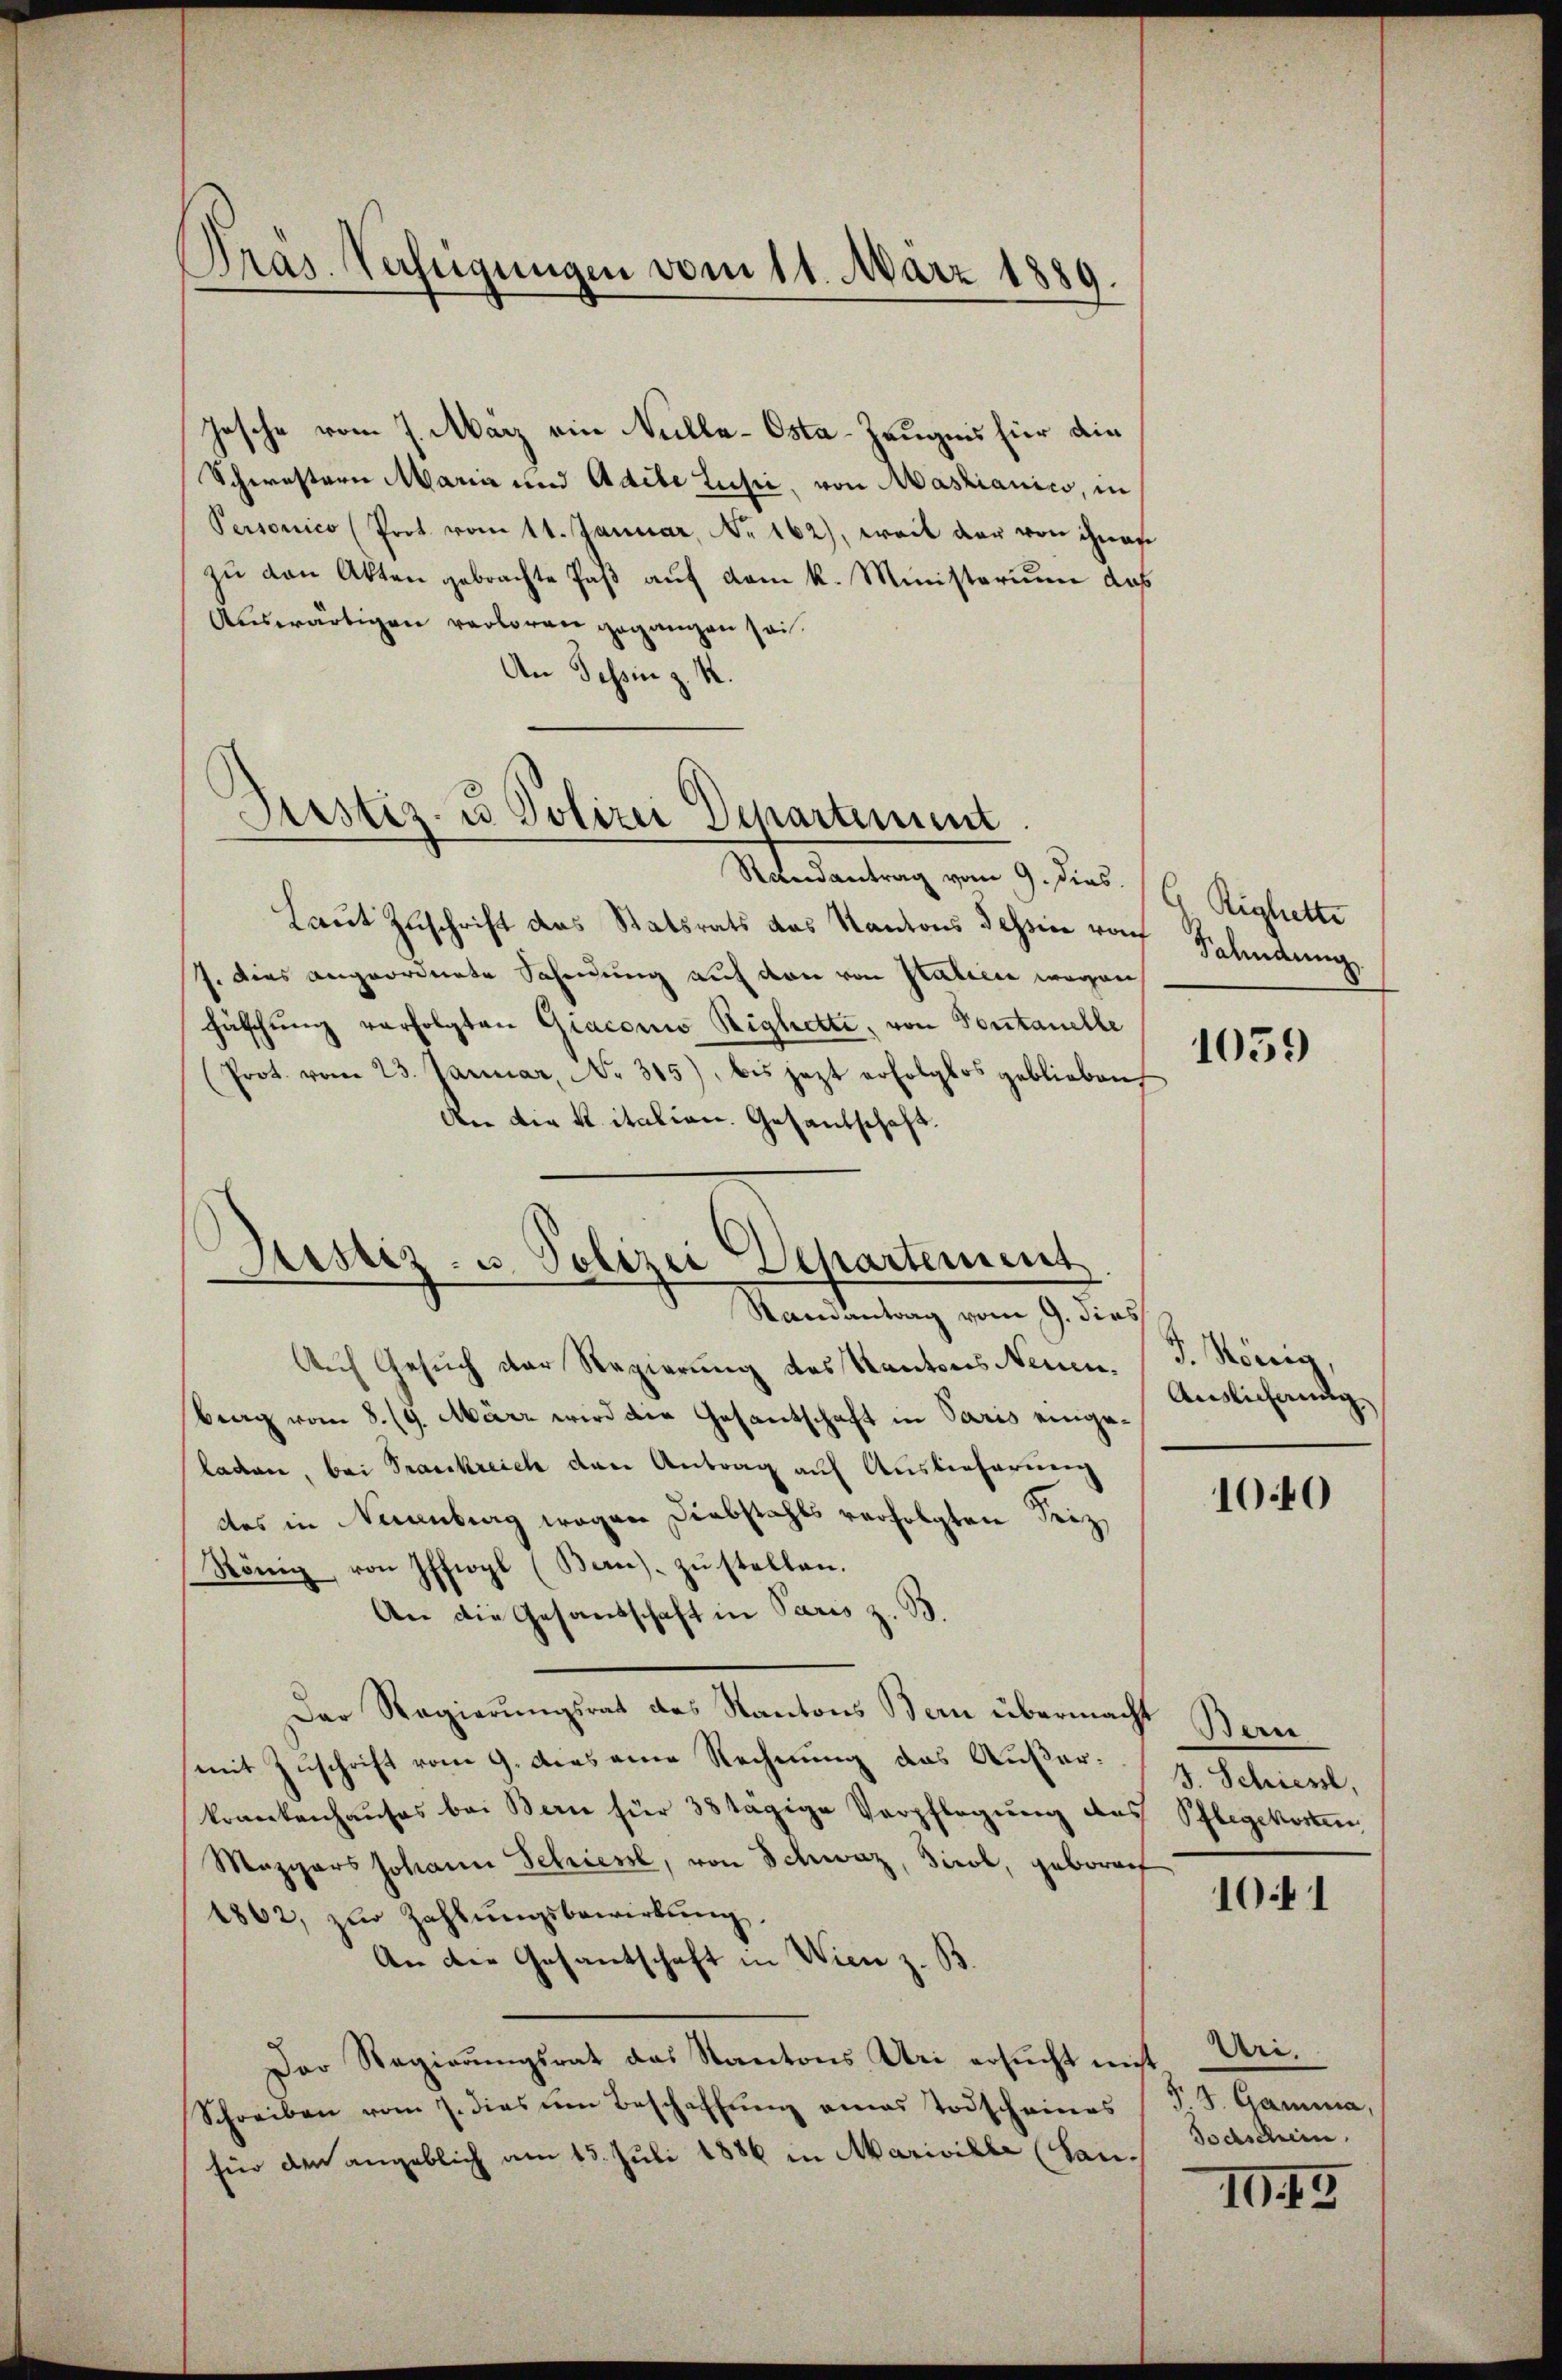
Pras. Verfügungen vom 11. März 1889.

Jasche vom 7. März ein Nulla-Osta-Zeugnis für din
Schwestern Maria und Adele Lusić, von Mastianico, in
Personico (Prot. vom 11. Januar, No 162), weil der von ihnen
zŭ den Akten gebrachte Paß auf dem k. Ministerium das
Auswärtigen verloren gegangen sei.
An Tessin z. R.

Piustiz- u Polizei Departement.

Justiz- u. Polizei Departement

Matersantrag vom 9. Jans. 19. Aushalte
Laut Zuschrift das Statsrats das Kantons dahin rach Fahndung,
7. Dies angeordnete Schndung auf von von Italiere wegen
Fätschung verfolgten Giaconio Righetti, von Sontanelle
Prot. vom 23. Januar, No. 315), bis jezt erfolglos geblieben,
An die Ritation. Gesandschaft.
Randantrag vom 9. dies
Auf Gesuch der Regierung des Kantons Neuen. (T. König,
Brag vom 8./9. März wird die Gesantschaft in Paris eingeladen, bei Frankreich den Antrag auf Auslieferung
des in Neuenburg wegen Diebstahls verfolgten Seiz
König, von Iffiogl (Ban)- zŭ stellen.
An die Gesandschaft in Paris z. B.
Der Regierungsrat des Kantons Bern übermacht
mit Zuschrift vom 9. dies eine Rechnung das Außer: J. Schiesst,
krankenhauses bei Bern für 38 tägige Verpflegung des Pflegekosten
Mezgers Johann Schiene, von Schweiz, Tirol, geborneh
1862, zur Zahlungsbewirkung,
An der Gesantschaft in Wien z. B.
Der Regierŭngsrat das Kantons Uri ersŭcht nicht
Schreiben vom 7. dies ŭm Beschaffŭng eines Todscheines (T. S. Gamma,
für den angeblich am 15. Juli 1886 in Mariville (San-

1059

Auslicherung

1040

Bern

1041

Uri.
Todschein

III